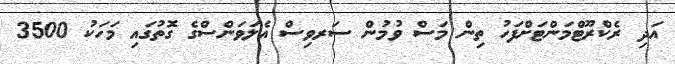
އަދި ރެކްރޫޓްމަންޓަށްފަހު ތިން މަސް ވުމުން ސަރވިސް އެލަވަންސްގެ ގޮތުގައި މަހަކު 3500